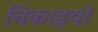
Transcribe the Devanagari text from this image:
निकाइयों